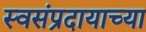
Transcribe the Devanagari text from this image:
स्वसंप्रदायाच्या